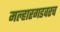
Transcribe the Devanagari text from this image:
मल्हारगडवरच